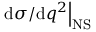
\left. \mathrm { d } \sigma / \mathrm { d } q ^ { 2 } \right| _ { \mathrm { N S } }